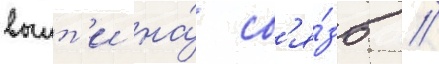
выит'и на́ св'я́зь //